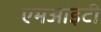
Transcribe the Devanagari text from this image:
एमआइटी